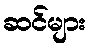
ဆင်များ